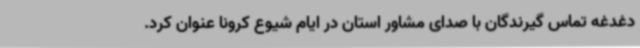
دغدغه تماس گیرندگان با صدای مشاور استان در ایام شیوع کرونا عنوان کرد.